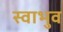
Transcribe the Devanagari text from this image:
स्वाभुव